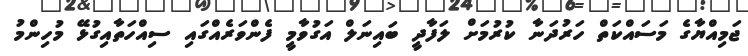
ޖަމިއްޔާގެ މަސައްކަތް ހަރުދަނާ ކުރުމަށް ލަފާދީ ބައިނަލް އަގުވާމީ ފެންވަރެއްގައި ސިއްހަތާއިގުޅޭ މުހިންމު